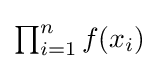
{\textstyle \prod _{i=1}^{n}f(x_{i})}